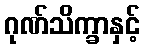
ဂုဏ်သိက္ခာနှင့်